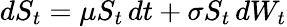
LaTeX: dS_{t}=\mu S_{t}\, dt+\sigma S_{t}\, dW_{t}